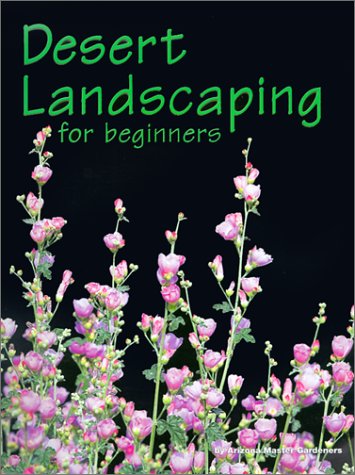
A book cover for Desert Landscaping for Beginners: Tips and Techniques for Success in an Arid Climate; Arizona Master Gardener Press; Crafts, Hobbies & Home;